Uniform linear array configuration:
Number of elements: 12
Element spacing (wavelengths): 0.75
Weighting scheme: binomial
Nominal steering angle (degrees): -60
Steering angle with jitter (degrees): -60.129
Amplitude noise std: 0.05
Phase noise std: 0.05

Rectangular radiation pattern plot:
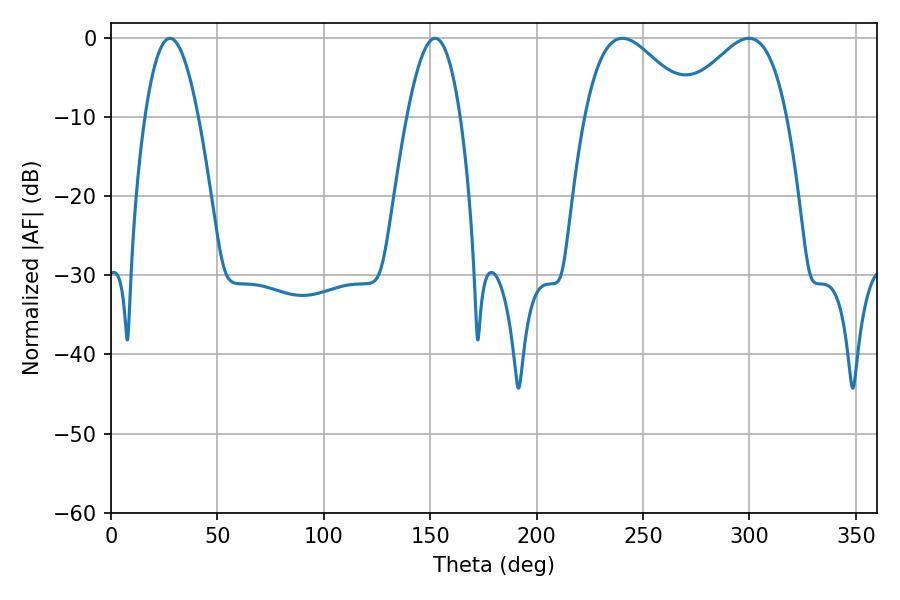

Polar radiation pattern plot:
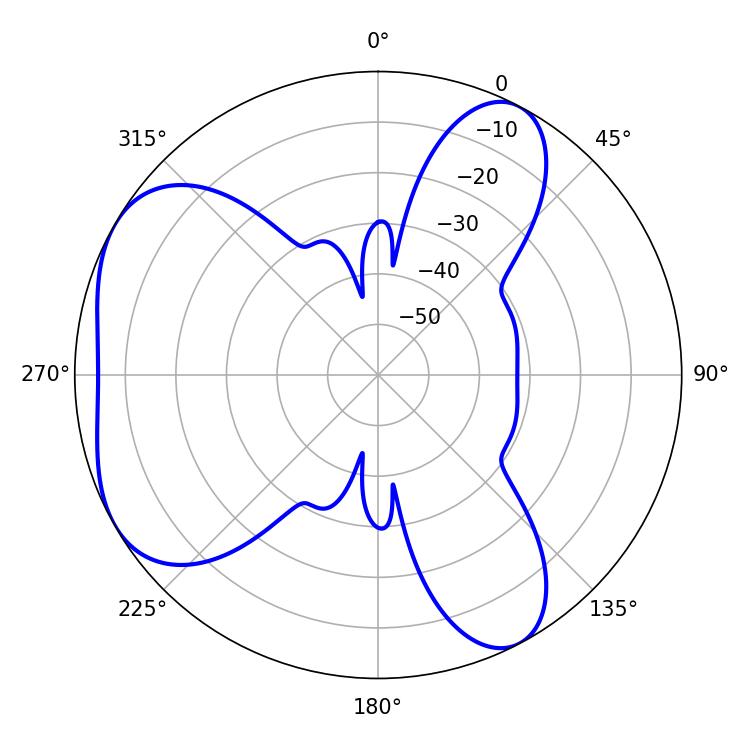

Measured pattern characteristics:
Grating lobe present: TRUE
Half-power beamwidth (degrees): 27.36
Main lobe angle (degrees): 240.3